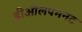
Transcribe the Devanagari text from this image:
डीओलपमनट